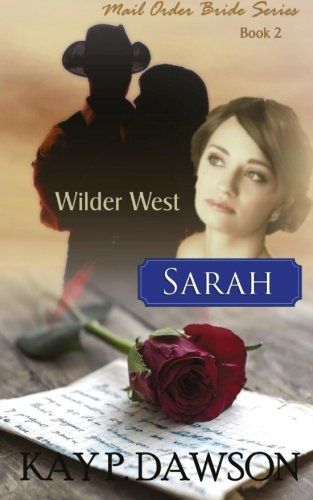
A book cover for Sarah: Mail Order Bride Series (Wilder West) (Volume 2); Kay P. Dawson; Romance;